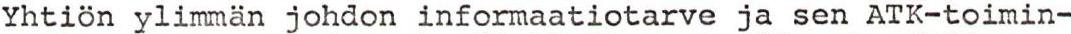
Yhtiön ylimmän johdon informaatiotarve ja sen ATK-toimin-